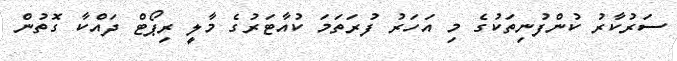
ސަރުކާރު ކުންފުނިތަކުގެ މި އަހަރު ފުރަތަމަ ކުއާޓަރުގެ މާލީ ރިޕޯޓް ދައްކާ ގޮތުން